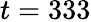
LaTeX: t=333